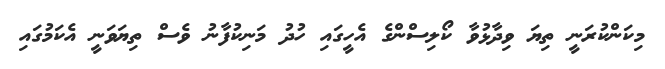
މިކަންކުރަނީ ތިޔަ ވިދާޅުވާ ކޯލިސްންގެ އެހީގައި ހުދު މަނިކުފާނު ވެސް ތިޔަވަނީ އެކަމުގައި